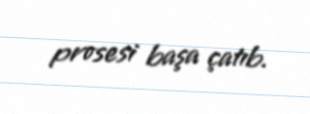
prosesi başa çatıb.